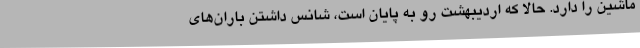
ماشین را دارد. حالا که اردیبهشت رو به پایان است، شانس داشتن باران‌های